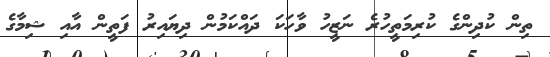
ތިން ކުދިންގެ ކުރިމަތީހުރެ ނަޒީހު ވާހަކަ ދައްކަމުން ދިޔައިރު ފަތީން އާއި ޝިމާގެ